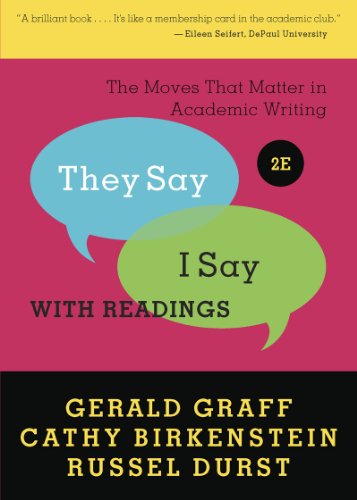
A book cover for "They Say / I Say": The Moves That Matter in Academic Writing with Readings (Second Edition); Gerald Graff; Reference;